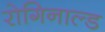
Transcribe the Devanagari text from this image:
रोगिनाल्ड